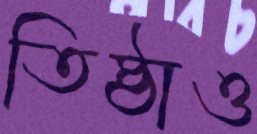
তিষ্ঠাও